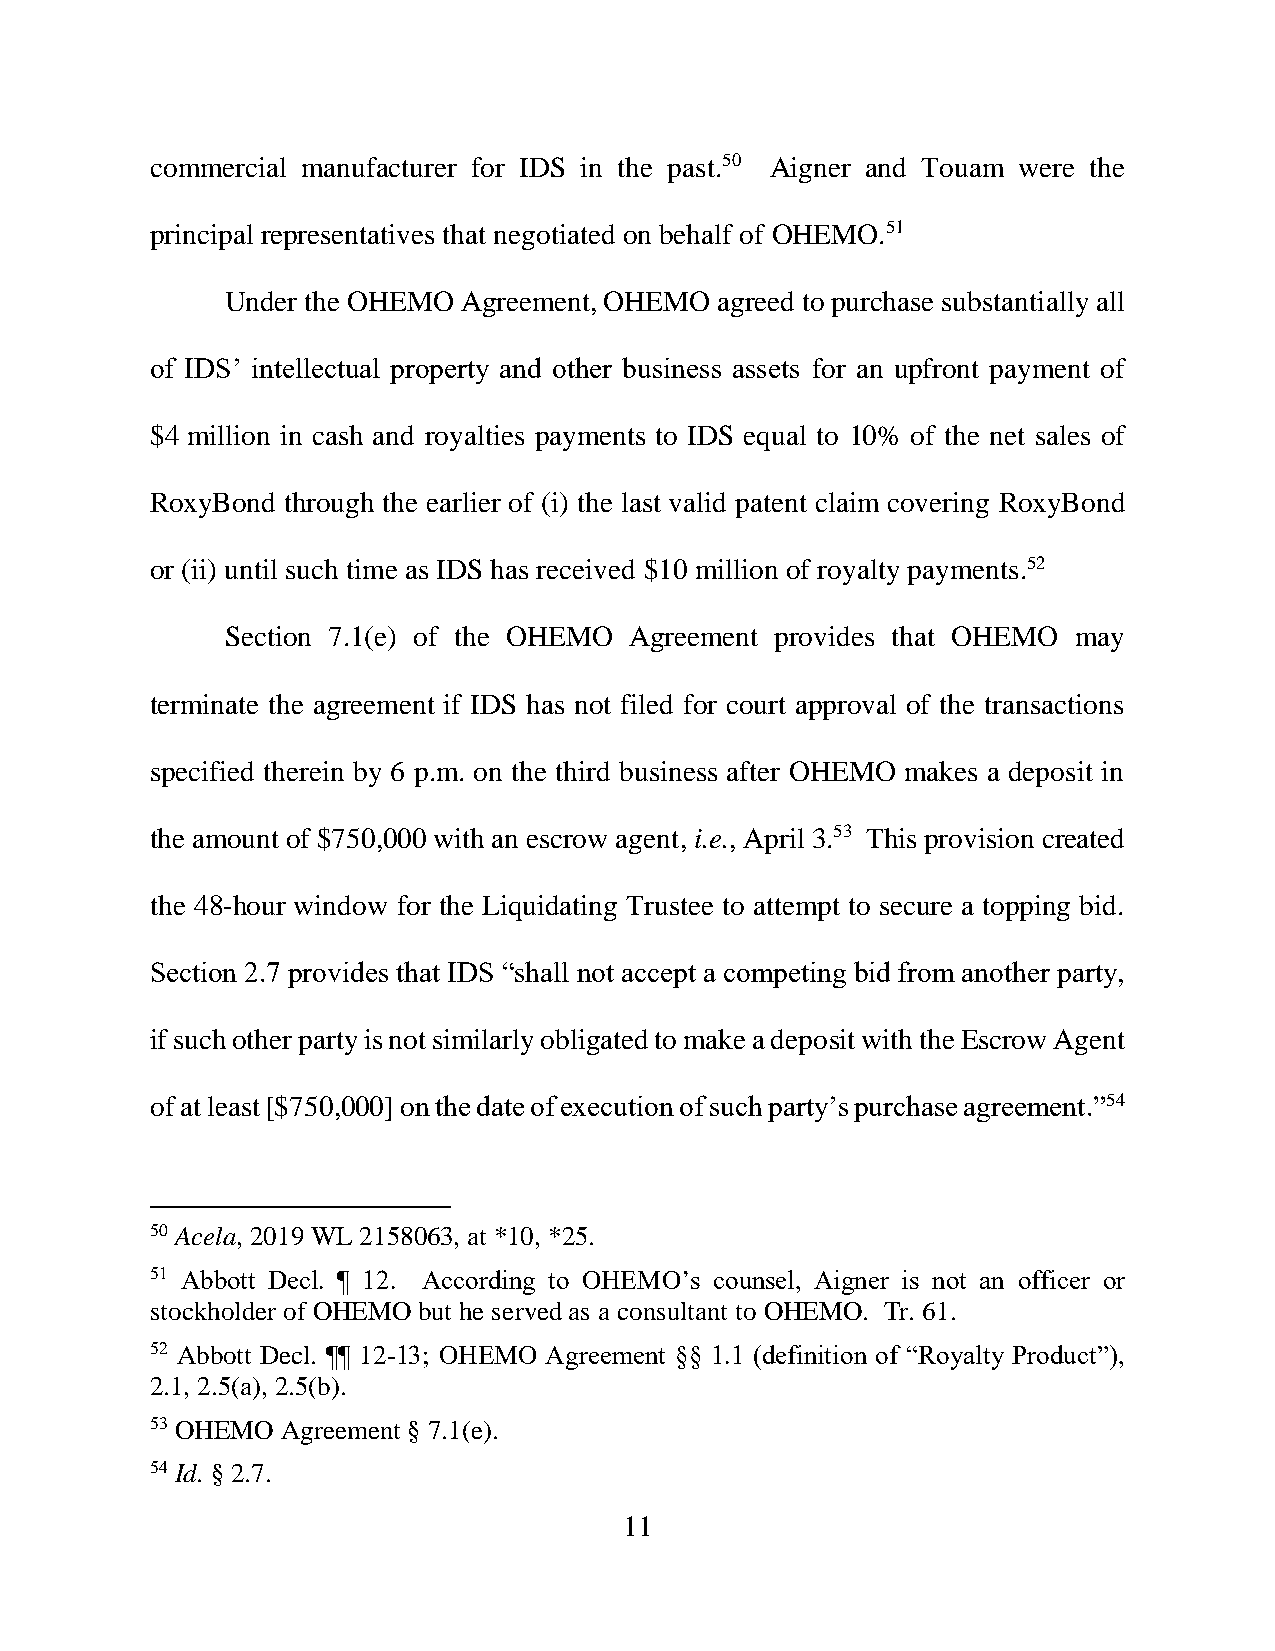
commercial manufacturer for IDS in the past.50 Aigner and Touam were the
 principal representatives that negotiated on behalf of OHEMO.51
 Under the OHEMO Agreement, OHEMO agreed to purchase substantially all
 of IDS’ intellectual property and other business assets for an upfront payment of
 $4 million in cash and royalties payments to IDS equal to 10% of the net sales of
 RoxyBond through the earlier of (i) the last valid patent claim covering RoxyBond
 or (ii) until such time as IDS has received $10 million of royalty payments.52
 Section 7.1(e) of the OHEMO Agreement provides that OHEMO may
 terminate the agreement if IDS has not filed for court approval of the transactions
 specified therein by 6 p.m. on the third business after OHEMO makes a deposit in
 the amount of $750,000 with an escrow agent, i.e., April 3.53 This provision created
 the 48-hour window for the Liquidating Trustee to attempt to secure a topping bid.
 Section 2.7 provides that IDS “shall not accept a competing bid from another party,
 if such other party is not similarly obligated to make a deposit with the Escrow Agent
 of at least [$750,000] on the date of execution of such party’s purchase agreement.”54
 50 Acela, 2019 WL 2158063, at *10, *25.
 51 Abbott Decl. ¶ 12. According to OHEMO’s counsel, Aigner is not an officer or
 stockholder of OHEMO but he served as a consultant to OHEMO. Tr. 61.
 52 Abbott Decl. ¶¶ 12-13; OHEMO Agreement §§ 1.1 (definition of “Royalty Product”),
 2.1, 2.5(a), 2.5(b).
 53 OHEMO Agreement § 7.1(e).
 54 Id. § 2.7.
 11